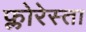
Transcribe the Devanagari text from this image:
फ्लोरेस्ता